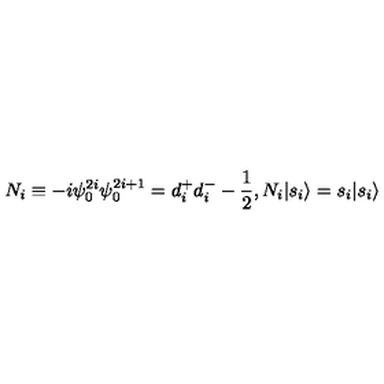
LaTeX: N _ { i } \equiv - i \psi _ { 0 } ^ { 2 i } \psi _ { 0 } ^ { 2 i + 1 } = d _ { i } ^ { + } d _ { i } ^ { - } - \frac { 1 } { 2 } , N _ { i } | { s _ { i } } \rangle = s _ { i } | { s _ { i } } \rangle